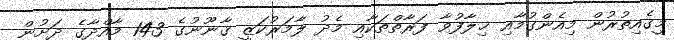
މީގެއިތުރުން މިއެންގުމާއި ޚިލާފުވާ ފަރާތްތަކާއި މެދު ލާމަރުކަޒީ ޤާނޫނުގެ 143 މާއްދާގެ ދަށުން